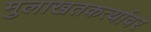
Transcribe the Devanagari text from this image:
मुलाखतकर्त्यावर